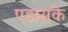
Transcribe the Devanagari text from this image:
एडम्सके